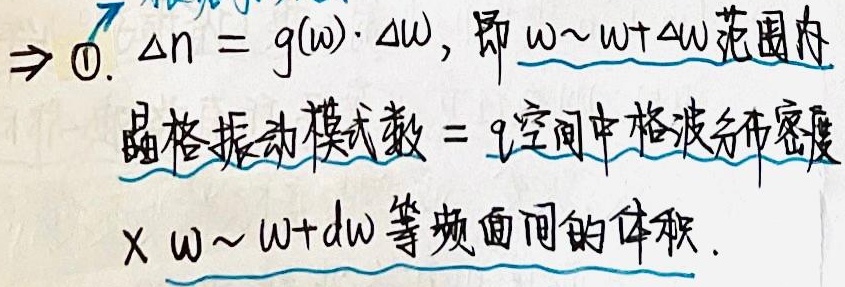
$\Rightarrow 0$. $\Delta n = g(\omega)\cdot \Delta \omega$，即 $\omega\sim\omega + \Delta \omega$ 范围内晶格振动模式数 = $q$空间中格波分布密度$\times \omega\sim\omega + d\omega$ 等频面间的体积。